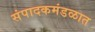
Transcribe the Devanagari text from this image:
संपादकमंडळात